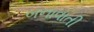
બનાવાતી